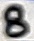
Text: 8